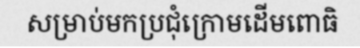
សម្រាប់មកប្រជុំក្រោមដើមពោធិ